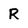
Character: R